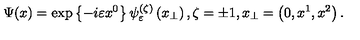
\Psi ( x ) = \exp \left\{ - i \varepsilon x ^ { 0 } \right\} \psi _ { \varepsilon } ^ { ( \zeta ) } \left( x _ { \perp } \right) , \zeta = \pm 1 , x _ { \perp } = \left( 0 , x ^ { 1 } , x ^ { 2 } \right) .